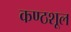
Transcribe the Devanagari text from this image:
कण्ठशूल